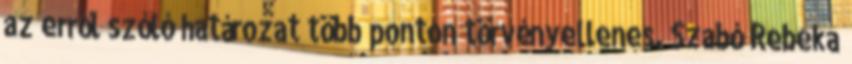
az erről szóló határozat több ponton törvényellenes. Szabó Rebeka